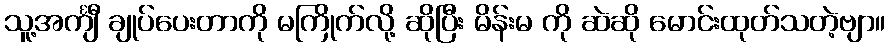
သူ့အင်္ကျီ ချုပ်ပေးတာကို မကြိုက်လို့ ဆိုပြီး မိန်းမ ကို ဆဲဆို မောင်းထုတ်သတဲ့ဗျာ။